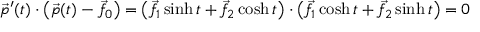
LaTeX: { \vec { p } } ^ { \prime } ( t ) \cdot \left( { \vec { p } } ( t ) - { \vec { f } } _ { 0 } \right) = \left( { \vec { f } } _ { 1 } \sinh t + { \vec { f } } _ { 2 } \cosh t \right) \cdot \left( { \vec { f } } _ { 1 } \cosh t + { \vec { f } } _ { 2 } \sinh t \right) = 0